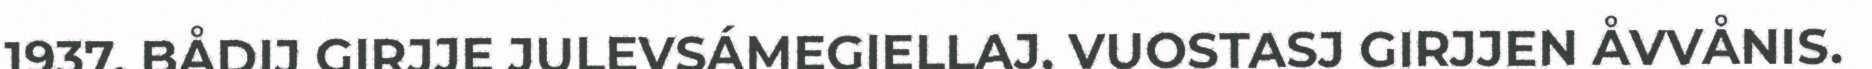
1937, BÅDIJ GIRJJE JULEVSÁMEGIELLAJ, VUOSTASJ GIRJJEN ÅVVÅNIS.